Lunatic asylums Madras 1877-1891 - 1877-1891
Year: 1877
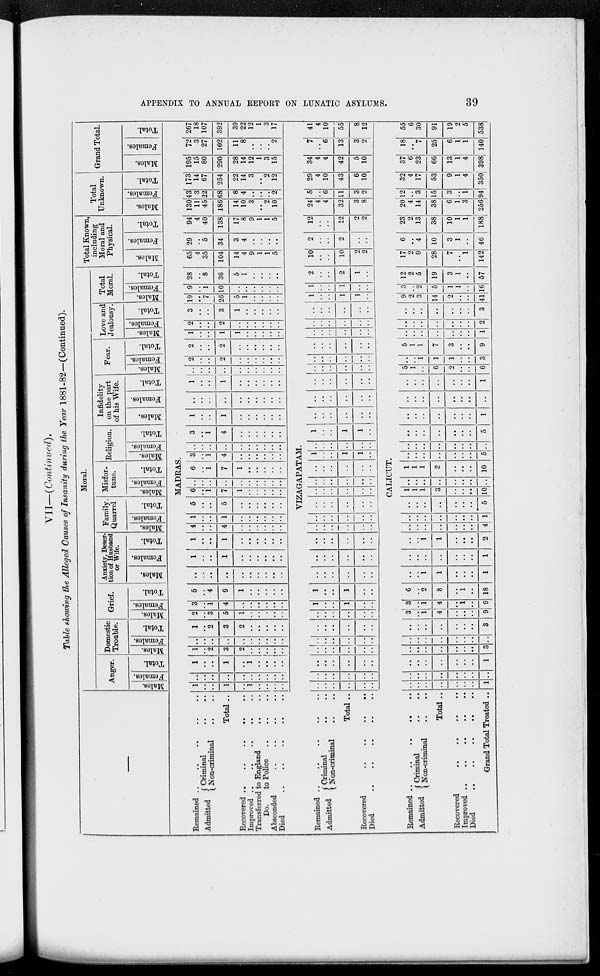
APPENDIX TO ANNUAL REPORT ON LUNATIC ASYLUMS.
39
VII—(Continued).
Table showing the Alleged Causes of Insanity during the Year 1881-82—(Continued).
—
Moral.
Anger.
Males.
Females.
Total.
Domestic
Trouble.
Males.
Females.
Total.
Grief.
Males.
Females.
Total.
Anxiety, Deser-
tion of Husband
or Wife.
Males.
Females.
Total.
Family.
Quarrel
Males.
Females.
Total.
Misfor-
tune.
Males.
Females.
Total.
Religion.
Males.
Females.
Total.
Infidelity
on the part
of his Wife.
Males.
Females.
Total.
Fear.
Males.
Females.
Total.
Love and
Jealousy.
Males.
Females.
Total.
Total
Moral.
Males.
Females.
Total.
Total Known
including
Moral and
Physical.
Males.
Females.
Total.
Total
Unknown.
Males.
Females.
Total.
Grand Total.
Males.
Females.
Total.
MADRAS.
Remained .. .. .. .. ..
Admitted
Criminal .. ..
Non-criminal .. ..
Total ..
Recovered
..
..
..
.. ..
Improved
..
..
..
..
..
Transferred to England .. ..
Do.
to Police
..
..
..
Absconded
..
..
..
..
Died
..
..
..
..
..
1
..
..
1
..
1
..
..
..
..
..
..
..
..
..
..
..
..
..
..
1
..
..
1
..
1
..
..
..
..
1
..
2
3
2
..
..
..
..
..
..
..
..
..
..
..
..
..
..
..
1
..
2
3
2
..
..
..
..
..
2
..
3
5
1
..
..
..
..
..
3
..
1
4
..
..
..
..
..
..
5
..
4
9
1
..
..
..
..
..
..
..
..
..
..
..
..
..
..
..
1
..
..
1
..
..
..
..
..
..
1
..
..
1
..
..
..
..
..
..
4
..
..
4
..
..
..
..
..
..
1
..
..
1
..
..
..
..
..
..
5
..
..
5
..
..
..
..
..
..
6
..
1
7
1
..
..
..
..
..
..
..
..
..
..
..
..
..
..
..
6
..
1
7
1
..
..
..
..
..
3
..
1
4
..
..
..
..
..
..
..
..
..
..
..
..
..
..
..
..
3
..
1
4
..
..
..
..
..
..
1
..
..
1
..
..
..
..
..
..
..
..
..
..
..
..
..
..
..
..
1
..
..
1
..
..
..
..
..
..
..
..
..
..
..
..
..
..
..
..
2
..
..
2
..
..
..
..
..
..
2
..
..
2
..
..
..
..
..
..
1
..
..
1
1
..
..
..
..
..
2
..
..
2
..
..
..
..
..
..
3
..
..
3
1
..
..
..
....
..
19
..
7
26
5
1
..
..
..
..
9
..
1
10
..
..
..
..
..
..
28
..
8
36
5
1
..
..
..
..
65
4
35
104
14
4
9
1
1
5
29
..
5
34
3
4
..
..
..
..
94
4
40
138
17
8
9
1
1
5
130
11
45
186
14
10
3
..
2
10
43
3
22
68
8
4
..
..
..
2
173
14
67
254
22
14
3
..
2
12
195
15
80
290
28
14
12
1
3
15
72
3
27
102
11
8
..
..
..
2
26
18
10
392
39
22
12
1
..
17
VIZAGAPATAM.
Remained .. .. .. .. ..
Admitted
Criminal .. ..
Non-criminal .. ..
Total ..
Recovered
..
..
..
..
Died .. .. .. .. ..
..
..
..
..
..
..
..
..
..
..
..
..
..
..
..
..
..
..
..
..
..
..
..
..
..
..
..
..
..
..
..
..
..
..
..
..
..
..
..
..
..
..
1
..
..
1
..
..
1
..
..
1
..
..
..
..
..
..
..
..
..
..
..
..
..
..
..
..
..
..
..
..
..
..
..
..
..
..
..
..
..
..
..
..
..
..
..
..
..
..
..
..
..
..
..
..
..
..
..
..
..
..
..
..
..
..
..
..
1
..
..
1
1
..
..
..
..
..
..
..
1
..
..
1
1
..
..
..
..
..
..
..
..
..
..
..
..
..
..
..
..
..
..
..
..
..
..
..
..
..
..
..
..
..
..
..
..
..
..
..
..
..
..
..
..
..
..
..
..
..
..
..
..
..
..
..
..
..
..
..
1
..
..
1
1
..
1
..
..
1
..
..
2
..
..
2
1
..
10
..
..
10
2
2
2
..
..
2
..
..
12
..
..
12
2
2
24
4
4
32
3
8
5
..
6
11
3
2
29
4
10
43
6
10
34
4
4
42
5
10
7
..
6
13
3
2
41
4
10
55
8
12
CALICUT.
Remained ..
..
..
..
..
Admitted
Criminal
..
..
Non-criminal .. ..
Total ..
Recovered .. .. .. ..
Improved
..
..
..
..
..
Died
..
..
..
..
..
Grand Total Treated ..
..
..
..
..
..
..
..
1
..
..
..
..
..
..
..
..
..
..
..
..
..
..
..
1
..
..
..
..
..
..
..
3
..
..
..
..
..
..
..
..
..
..
..
..
..
..
..
3
3
..
1
4
..
..
..
9
3
..
1
4
..
1
..
9
6
..
2
8
..
1
..
18
..
..
1
1
..
..
..
1
..
..
..
..
..
..
..
1
..
..
1
1
..
..
..
2
..
..
..
..
..
..
..
4
..
..
..
..
..
..
..
1
..
..
..
..
..
..
..
5
1
1
1
3
..
..
..
10
..
..
..
..
..
..
..
..
1
1
1
3
..
..
..
10
..
..
..
..
..
..
..
5
..
..
..
..
..
..
..
..
..
..
..
..
..
..
..
5
..
..
..
..
..
..
..
1
..
..
..
..
..
..
..
..
..
..
..
..
..
..
..
1
5
1
..
6
2
..
..
6
..
..
1
1
1
..
..
3
5
1
1
7
3
..
..
9
..
..
..
..
..
..
..
1
..
..
..
..
..
..
..
2
..
..
..
..
..
..
..
3
9
2
3
14
2
..
..
41
3
..
2
5
1
1
..
16
12
2
5
19
3
1
..
57
17
2
9
28
7
..
1
142
6
..
4
10
3
1
..
46
23
2
13
38
10
1
1
188
20
4
14
38
6
1
3
256
12
..
3
15
3
..
1
94
32
4
17
53
9
1
4
350
37
6
23
66
13
1
4
398
18
..
7
25
6
1
1
140
55
6
30
91
19
2
5
538